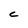
Character: C